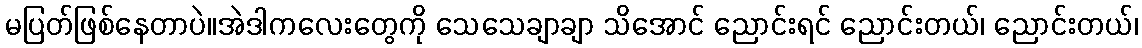
မပြတ်ဖြစ်နေတာပဲ။အဲဒါကလေးတွေကို သေသေချာချာ သိအောင် ညောင်းရင် ညောင်းတယ်၊ ညောင်းတယ်၊